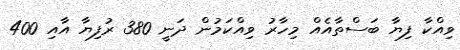
ވިއްކާ ފިޔާ ބަސްތާއެއް މިހާރު ވިއްކަމުން ދަނީ 380 ރުފިޔާ އާއި 400